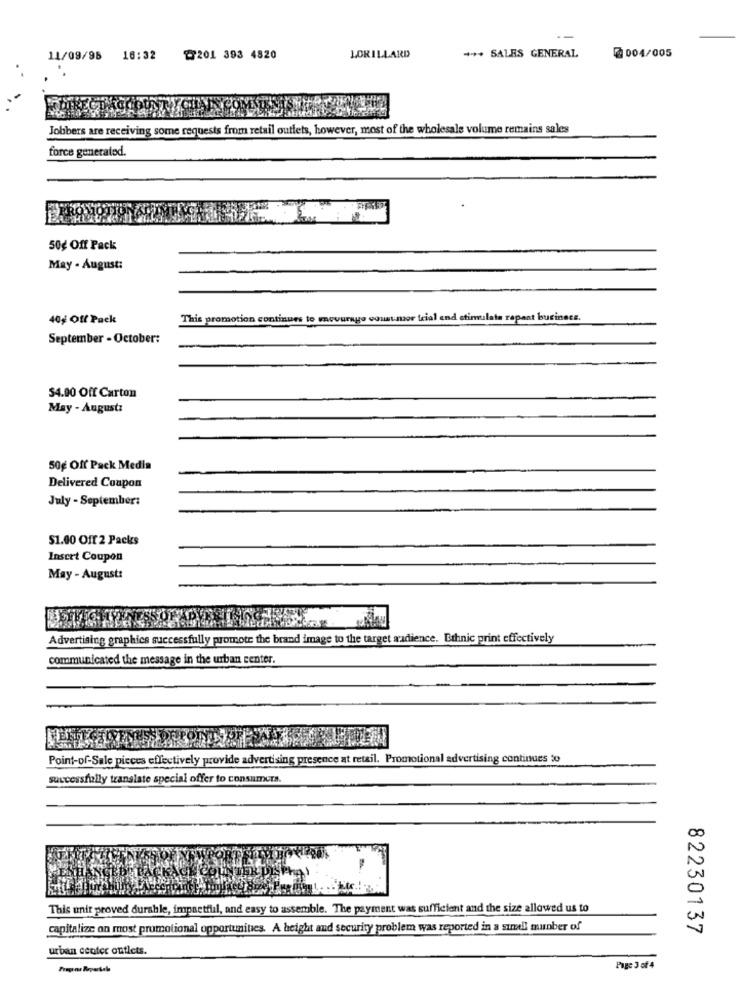
**** SALES GENERAL
@ 004/005
11/09/98 16:32
@201 393 4820
LORILLARD
Jobbers are receiving some requests from retail outlets, however, most of the wholesale volume remains sales
force generated.
50g Off Pack
May - August:
40% Off Pack
This promotion continues to mnovurno count mor trial and stimulate repeat business.
September - October:
$4.00 Off Carton
May - August:
50g Off Pack Media
Delivered Coupon
July - September:
51.00 Off 2 Packs
Insert Coupon
May - August:
Advertising graphics successfully promote the brand image to the target audience. Ethnic print effectively
communicated the message in the urban center.
Point-of-Sale pieces effectively provide advertising presence at retail. Promotional advertising continues to
successfully translate special offer to consumera.
This unit proved durable, impactful, and easy to assemble. The payment was sufficient and the size allowed us to
capitalize on most promotional opportunities. A height and security problem was reported in a sumell munber of
82230137
urban center outlets.
Fragene Reportale
Page 3 of4